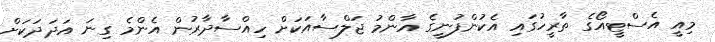
މިއީ އެސްޓީއޯގެ ތާރީހުގައި އެކުންފުނީގެ އާންމު ޖަލްސާއަކަށް ހިއްސާދާރުން އެންމެ ގިނަ އަދަދަކަށް